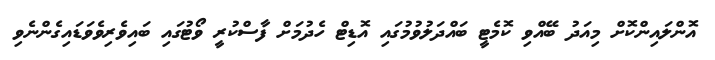
އޮންލައިންކޮށް މިއަދު ބޭއްވި ކޮމެޓީ ބައްދަލުވުމުގައި އޮޑިޓް ހެދުމަށް ފާސްކުރީ ވޯޓުގައި ބައިވެރިވެވަޑައިގެންނެވި